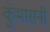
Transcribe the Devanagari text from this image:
कुंभासनी